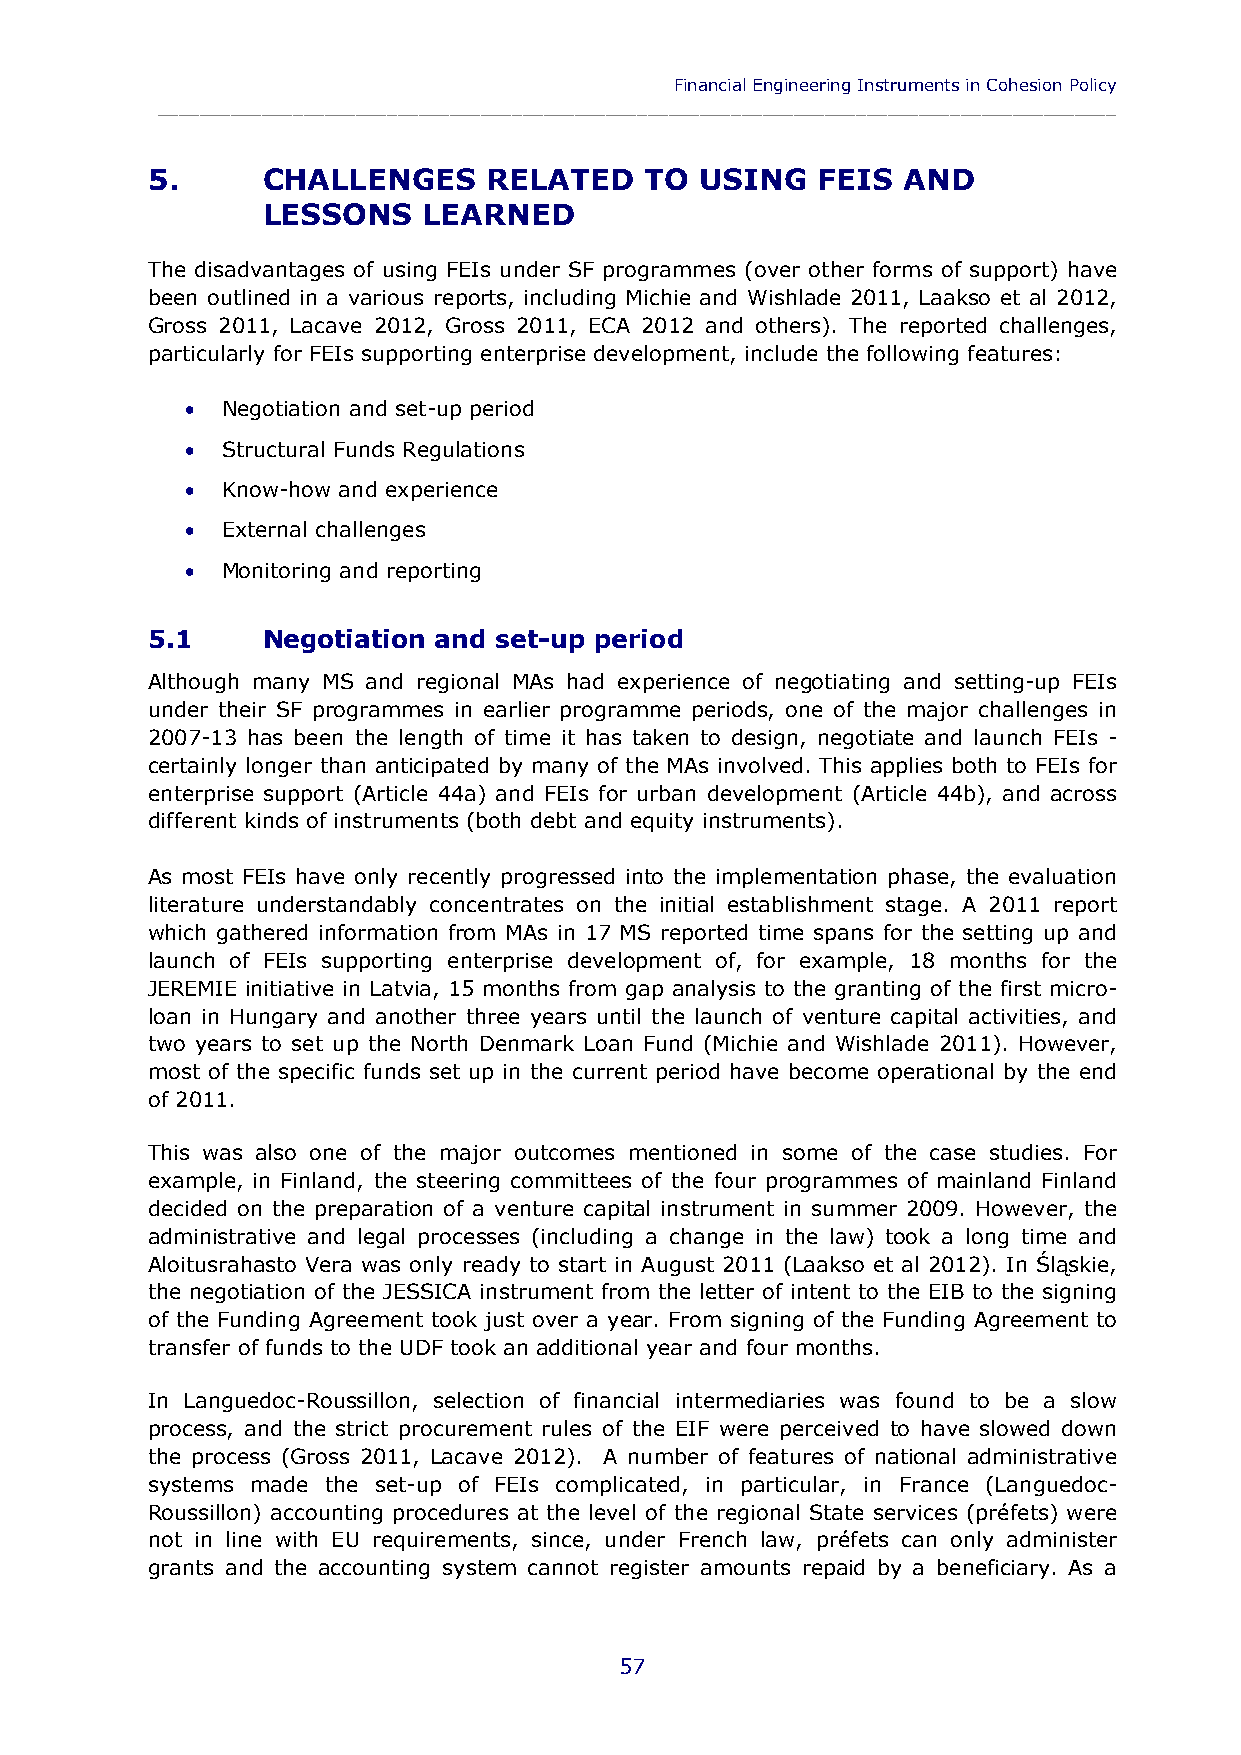
Financial Engineering Instruments in Cohesion Policy
 ____________________________________________________________________________________________
 5.     CHALLENGES     RELATED    TO USING   FEIS  AND
 LESSONS    LEARNED
 The disadvantages of using FEIs under SF programmes (over other forms of support) have
 been outlined in a various reports, including Michie and Wishlade 2011, Laakso et al 2012,
 Gross 2011, Lacave 2012, Gross 2011, ECA 2012 and others). The reported challenges,
 particularly for FEIs supporting enterprise development, include the following features:
   Negotiation and set-up period
   Structural Funds Regulations
   Know-how and experience
   External challenges
   Monitoring and reporting
 5.1    Negotiation and set-up period
 Although many MS and regional MAs had experience of negotiating and setting-up FEIs
 under their SF programmes in earlier programme periods, one of the major challenges in
 2007-13 has been the length of time it has taken to design, negotiate and launch FEIs -
 certainly longer than anticipated by many of the MAs involved. This applies both to FEIs for
 enterprise support (Article 44a) and FEIs for urban development (Article 44b), and across
 different kinds of instruments (both debt and equity instruments).
 As most FEIs have only recently progressed into the implementation phase, the evaluation
 literature understandably concentrates on the initial establishment stage. A 2011 report
 which gathered information from MAs in 17 MS reported time spans for the setting up and
 launch of FEIs supporting enterprise development of, for example, 18 months for the
 JEREMIE initiative in Latvia, 15 months from gap analysis to the granting of the first micro-
 loan in Hungary and another three years until the launch of venture capital activities, and
 two years to set up the North Denmark Loan Fund (Michie and Wishlade 2011). However,
 most of the specific funds set up in the current period have become operational by the end
 of 2011.
 This was also one of the major outcomes mentioned in some of the case studies. For
 example, in Finland, the steering committees of the four programmes of mainland Finland
 decided on the preparation of a venture capital instrument in summer 2009. However, the
 administrative and legal processes (including a change in the law) took a long time and
 Aloitusrahasto Vera was only ready to start in August 2011 (Laakso et al 2012). In Śląskie,
 the negotiation of the JESSICA instrument from the letter of intent to the EIB to the signing
 of the Funding Agreement took just over a year. From signing of the Funding Agreement to
 transfer of funds to the UDF took an additional year and four months.
 In Languedoc-Roussillon, selection of financial intermediaries was found to be a slow
 process, and the strict procurement rules of the EIF were perceived to have slowed down
 the process (Gross 2011, Lacave 2012). A number of features of national administrative
 systems made the set-up of FEIs complicated, in particular, in France (Languedoc-
 Roussillon) accounting procedures at the level of the regional State services (préfets) were
 not in line with EU requirements, since, under French law, préfets can only administer
 grants and the accounting system cannot register amounts repaid by a beneficiary. As a
 57